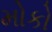
મોકો